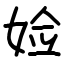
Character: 𫰰